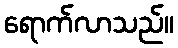
ရောက်လာသည်။